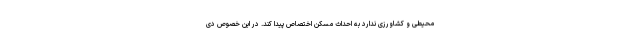
محیطی و کشاورزی ندارد به احداث مسکن اختصاص پیدا کند. در این خصوص دی